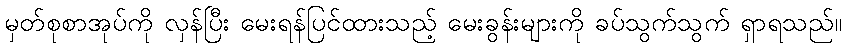
မှတ်စုစာအုပ်ကို လှန်ပြီး မေးရန်ပြင်ထားသည့် မေးခွန်းများကို ခပ်သွက်သွက် ရှာရသည်။